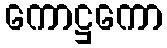
ကောဋ္ဌကော